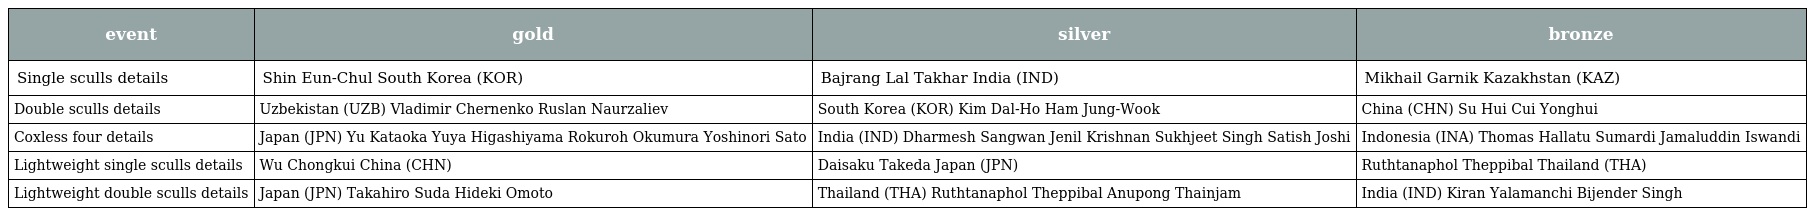
| event | gold | silver | bronze |
 | --- | --- | --- | --- |
 | Single sculls details | Shin Eun-Chul South Korea (KOR) | Bajrang Lal Takhar India (IND) | Mikhail Garnik Kazakhstan (KAZ) |
 | Double sculls details | Uzbekistan (UZB) Vladimir Chernenko Ruslan Naurzaliev | South Korea (KOR) Kim Dal-Ho Ham Jung-Wook | China (CHN) Su Hui Cui Yonghui |
 | Coxless four details | Japan (JPN) Yu Kataoka Yuya Higashiyama Rokuroh Okumura Yoshinori Sato | India (IND) Dharmesh Sangwan Jenil Krishnan Sukhjeet Singh Satish Joshi | Indonesia (INA) Thomas Hallatu Sumardi Jamaluddin Iswandi |
 | Lightweight single sculls details | Wu Chongkui China (CHN) | Daisaku Takeda Japan (JPN) | Ruthtanaphol Theppibal Thailand (THA) |
 | Lightweight double sculls details | Japan (JPN) Takahiro Suda Hideki Omoto | Thailand (THA) Ruthtanaphol Theppibal Anupong Thainjam | India (IND) Kiran Yalamanchi Bijender Singh |